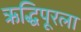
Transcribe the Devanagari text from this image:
ऋद्धिपूरला